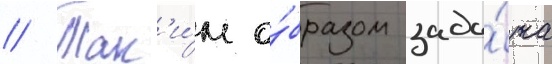
// Так'и́м о́бразом зада́ча